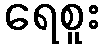
ရေစူး